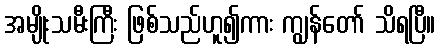
အမျိုးသမီးကြီး ဖြစ်သည်ဟူ၍ကား ကျွန်တော် သိရပြီ။